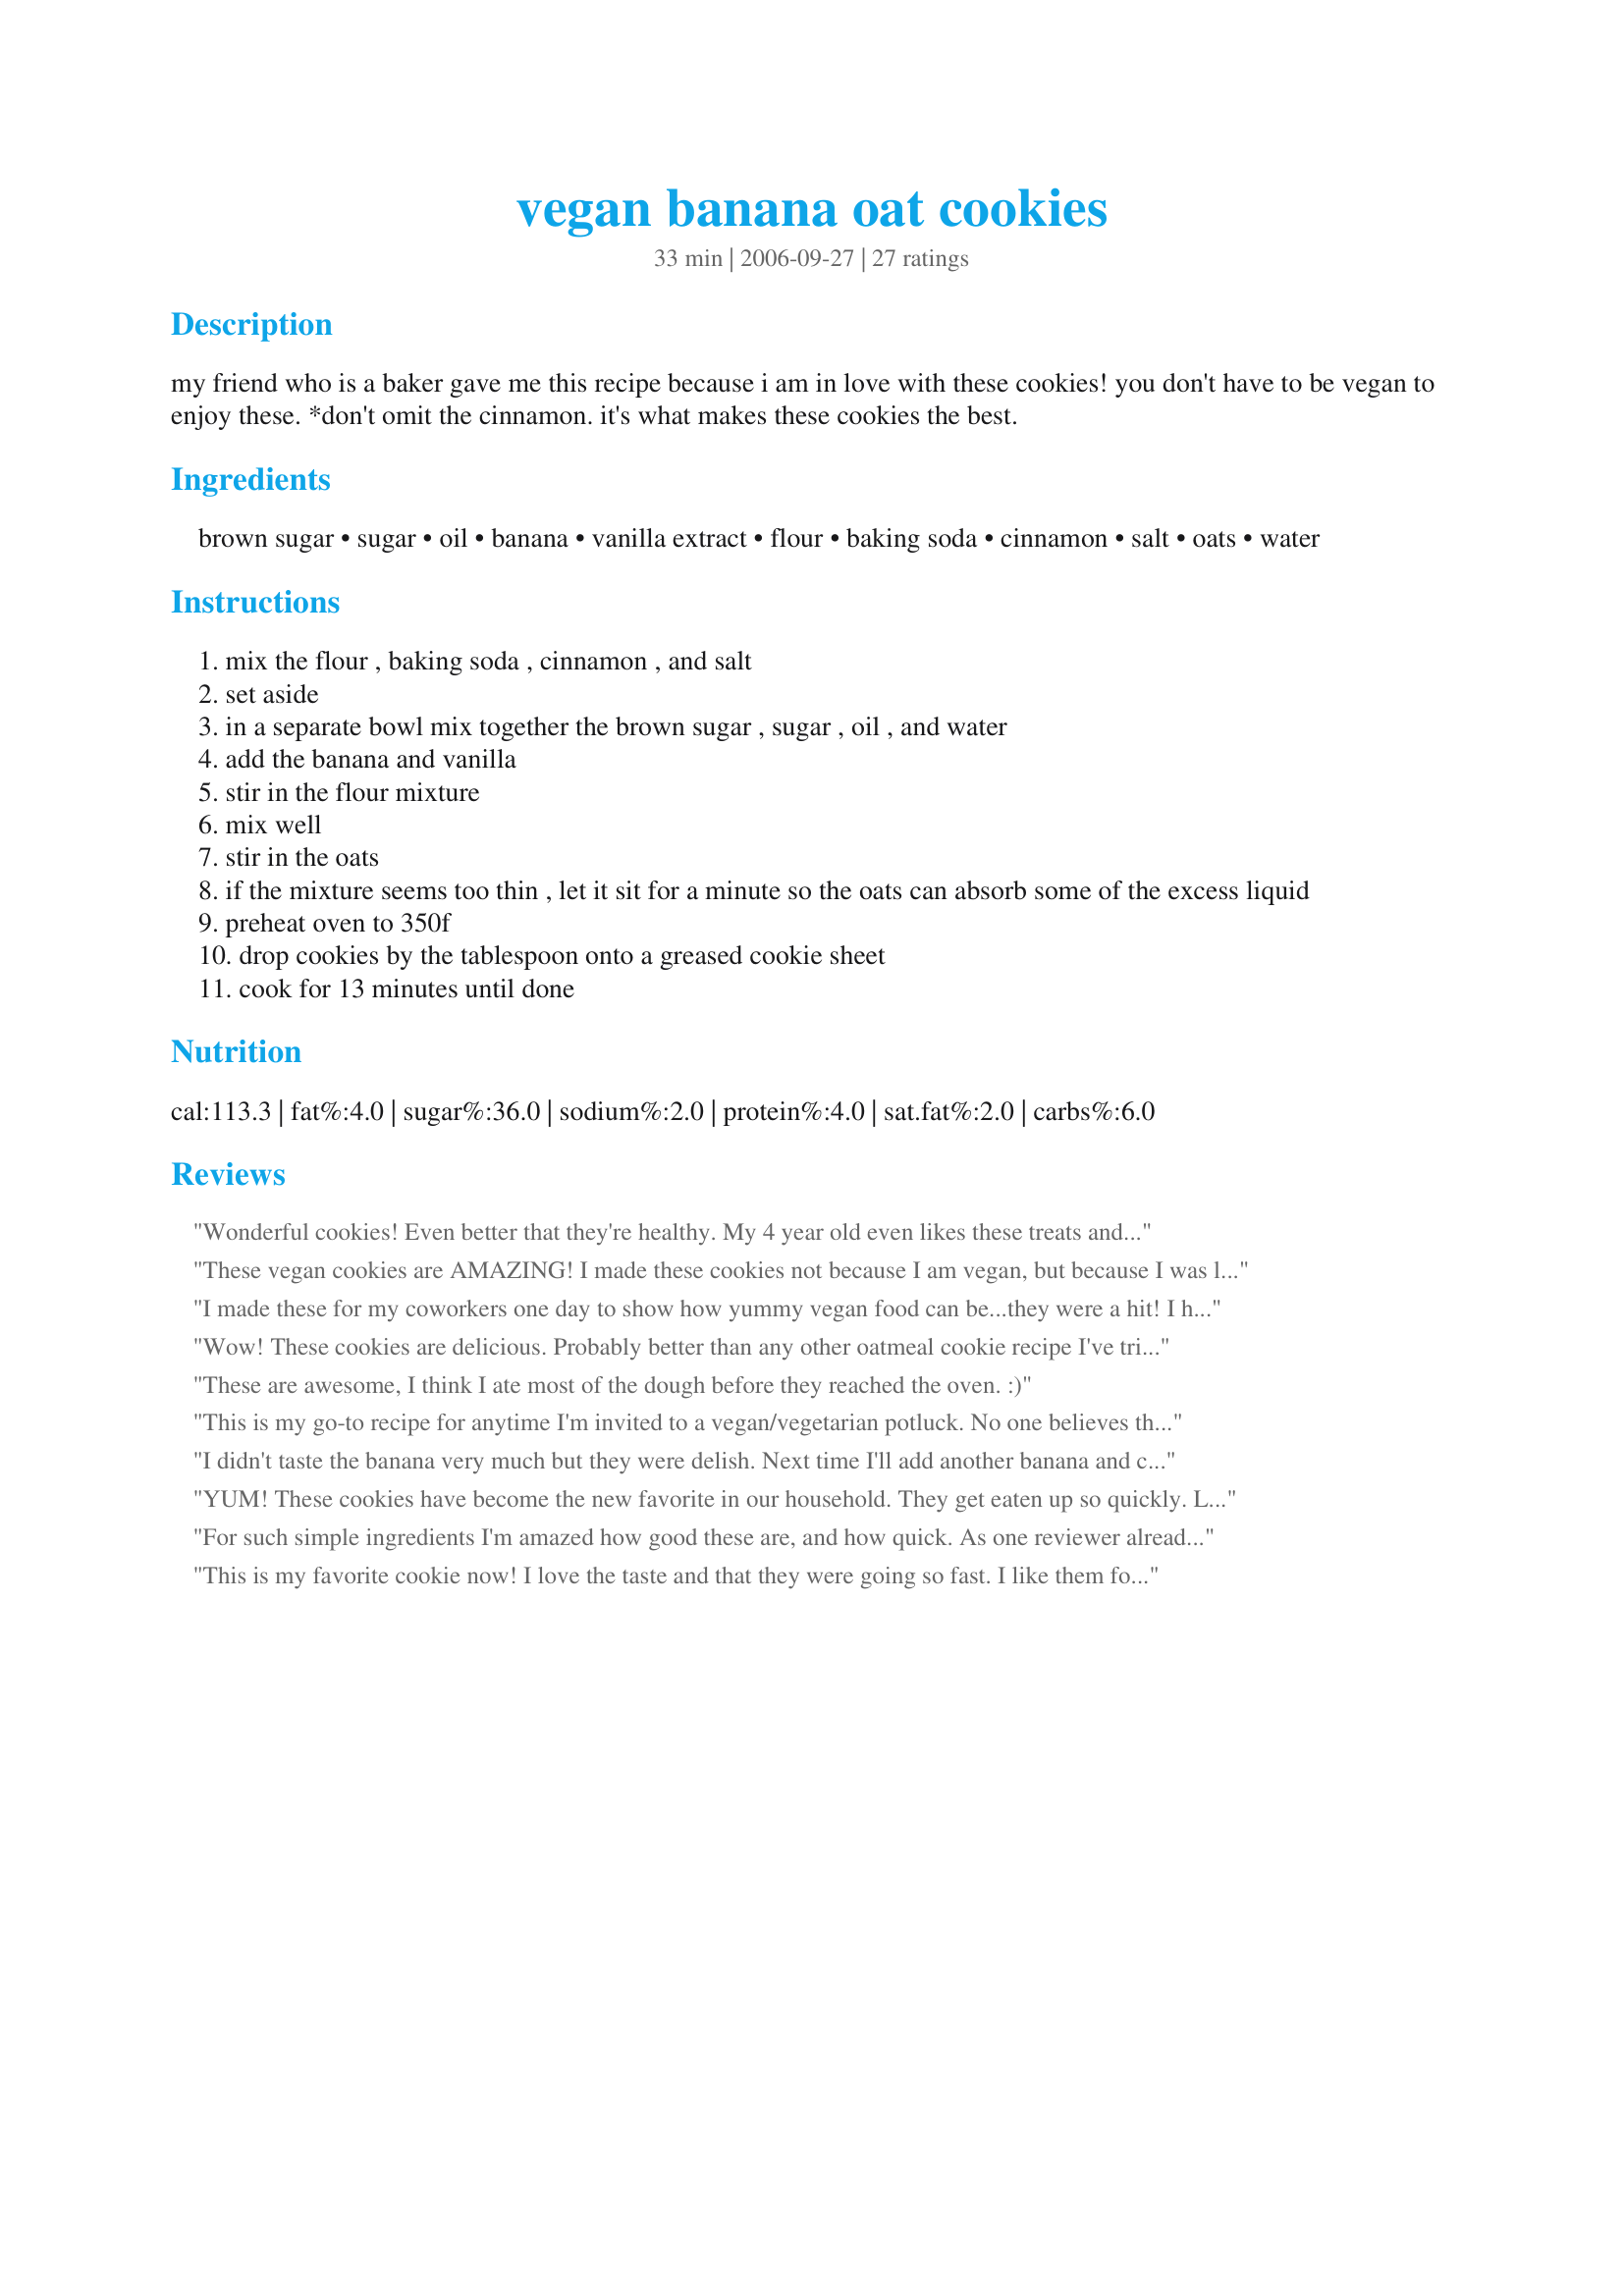
vegan banana oat cookies
Preparation time: 33 minutes

my friend who is a baker gave me this recipe because i am in love with these cookies! you don't have to be vegan to enjoy these.

*don't omit the cinnamon. it's what makes these cookies the best.

Ingredients:
brown sugar, sugar, oil, banana, vanilla extract, flour, baking soda, cinnamon, salt, oats, water

Steps:
mix the flour , baking soda , cinnamon , and salt
set aside
in a separate bowl mix together the brown sugar , sugar , oil , and water
add the banana and vanilla
stir in the flour mixture
mix well
stir in the oats
if the mixture seems too thin , let it sit for a minute so the oats can absorb some of the excess liquid
preheat oven to 350f
drop cookies by the tablespoon onto a greased cookie sheet
cook for 13 minutes until done

Reviews:
Wonderful cookies! Even better that they're healthy. My 4 year old even likes these treats and she's a tough sell :-) I made the recipe with 2 bananas and 1 cup brown sugar and added 1/2 cup raisins. I didn't flatten before baking and they turned out very moist and chewy. Thanks for sharing these great treats.
These vegan cookies are AMAZING! I made these cookies not because I am vegan, but because I was looking for a healthier and easier go-to cookie recipe. I used less oats than what the recipe called for, and added chocolate chips (not vegan, sorry!) and the cookies were so, so good. Would definitely recommend this recipe to any unexperienced home-cooks, like me. Can't wait to make these again!!!
I made these for my coworkers one day to show how yummy vegan food can be...they were a hit! I had to make a double batch the next day because everyone loved them so much!
Wow! These cookies are delicious. Probably better than any other oatmeal cookie recipe I've tried (vegan or not). They were warm with a crispy outer when right out of the oven and chewy the next day. Both my 1 year old and 3 year old loved them too. Thank you!
These are awesome, I think I ate most of the dough before they reached the oven. :)
This is my go-to recipe for anytime I'm invited to a vegan/vegetarian potluck. No one believes that they're vegan, and I always get asked for the recipe. Thank you so much, these are awesome!
I didn't taste the banana very much but they were delish. Next time I'll add another banana and cut down on the sugar & oatmeal by a bit. I didn't flatten them (kept them in balls) so they were crispy on the outside and moist on the inside
YUM! These cookies have become the new favorite in our household. They get eaten up so quickly. Like many other people, I reduced the sugar to 1 cup and they&#039;re delicious! Thanks for sharing this recipe :)
For such simple ingredients I'm amazed how good these are, and how quick. As one reviewer already said, vegan or not, these are great oatmeal cookies. For this review I made them exactly as per the recipe. They are tasty little gems. The dough was pretty sticky, I did flatten the mounds out on the baking sheet before they went in. Next time I'd roll into balls and then flatten out. I did manage to get 36 as the recipe indicates, pretty good considering how tasty the dough was :) . Next time round I would try to cut out that 1/2 cup of sugar and reduce the oil, maybe adding another banana as replacement. I will also try this with kamut or spelt flour. There is no end to the optional ingredients you could add. Thanks Esmerelda...they just came out of the oven and they're going fast!!
This is my favorite cookie now! I love the taste and that they were going so fast. I like them for being moist and having oatmeal in them. I added one extra banana and cut down the sugar to one cup.
Absolutely wonderful!Great breakfast cookie. DH says "Delicious!" I changed the cinnamon amount to 1/2t. cinnamon and 1/2t. nutmeg.
I used the 1 1/2" Pampered Chef cookie scoop and flattened dough slightly before baking. Thanks for sharing!
These were delicious! I made some small changes to make them healthier but they still tasted great. I used applesauce instead of oil and I cut the sugar down to 1 cup. My kids loved them. Thanks!
If you do two small bananas instead of 1 banana you will have a better result. Terrific cookies!!!
Delicious - was looking for something vegan for a bake sale, but these are good by any standard. I added a cup of chopped pecans which made it taste just like banana nut bread and gave it some nice texture.
Stumbled across this looking for something to use bananas in (we had many over ripe).. These were perfect. Used an extra banana otherwise followed as it was.. Yummy!!
These cookies were great! I made some substitutions/additions that worked out as well:
1) replaced brown and white sugar with 3/4 c white sugar and 3/4 c artificial sweetner
2) added 1/2 c coconut
3) added 3/4 c raisins

Thank you esmerelda smoot!
Great cookies after some tweaking. I used only 2cups of oats and added semi-sweet chocolate chips (most brands are vegan, but look out for milkfat in some big brands - nestle, etc.)
This are delicious! To make them gluten free, we substituted Chickpea flower and it worked well. We added Trader Joe's vegan chocolate chips too and they added a nice flavor.
These are delicious, the first vegan cookies i have made, being vegan is going to be easy! thanks esmerelda :)
Love these! Fabulous!
Very good, healthy cookie. Cut sugars back to 1 cup. Very good almost overcooked, I like the brown crispy edges.
They were great hot out of the oven, and when they cooled they got a bit more crunch. The next day they softened up in the container. Overall, very good!
DELICIOUS!!! To make it truly vegan, I used Sugar In the Raw turbinado cane sugar instead of white and brown sugar because they're processed with bone char.
what went wrong with these cookies? The batter (far from needing time to absorb extra liquid) was very very dry, and the final result was not good. Neither of my kids would eat them after they tasted them, so the batch went in the garbage.
Excellent recipe. I did it exactly as shared. They are delicious.
I made these a while ago and realized I forgot to rate them. I know I made a few changes with the recipe... I used extra bananas and a little less oil, I'm pretty sure... not sure what else, but these were great, fairly healthy and adaptable little pillows of vegan oaty cookieness! Thanks for posting :-)
love this recipe to use up one remaining banana and always have oats on hand, so thanks emerald. I reduced amount of sugar to one cup and used coconut oil. taste great. will try with applesauce too.
